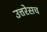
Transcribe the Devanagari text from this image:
उत्तरेसच